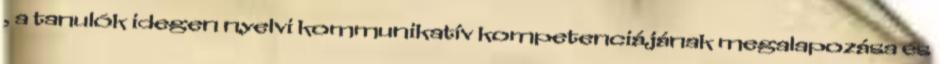
, a tanulók idegen nyelvi kommunikatív kompetenciájának megalapozása és